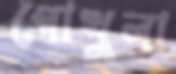
গোখুলা